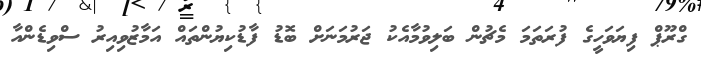
ގްރޫޕް ފިޔަވަހީގެ ފުރަތަމަ މެޗުން ބަލިވުމާއެކު ޖަރުމަނަށް ބޮޑު ފާޑުކިޔުންތައް އަމާޒުވިއިރު ސްވިޑެންއާ